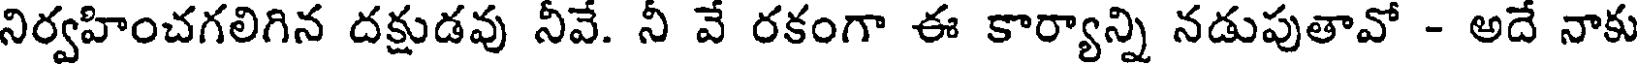
నిర్వహించగలిగిన దక్షుడవు నీవే. నీ వే రకంగా ఈ కార్యాన్ని నడుపుతావో - అదే నాకు